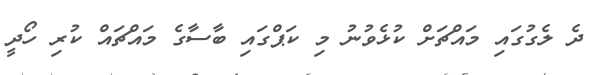
ދެ ލެގުގައި މައްޗަށް ކުޅެވުނު މި ކަޕްގައި ބާސާގެ މައްޗައް ކުރި ހޯދީ